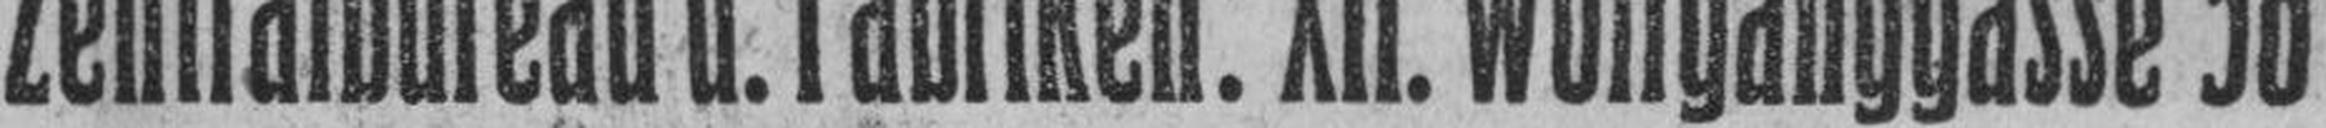
Zentralbureau u. Fabriken: XII. Wolfganggasse 58